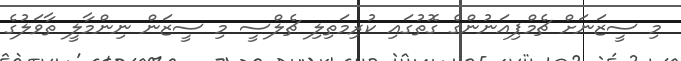
މި ސީޒަނަށް ޗެމްޕިއަނުންގެ ގޮތުގައި ކުރިމަތިލި ޗެލްސީ މި ސީޒަން ނިންމާލީ ތާވަލުގެ